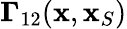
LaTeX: {\mathbf\Gamma}_{12}({\mathbf x},{\mathbf x}_{S})